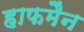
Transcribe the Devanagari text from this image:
हाफमैन